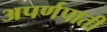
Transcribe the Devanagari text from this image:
अपर्णपाती